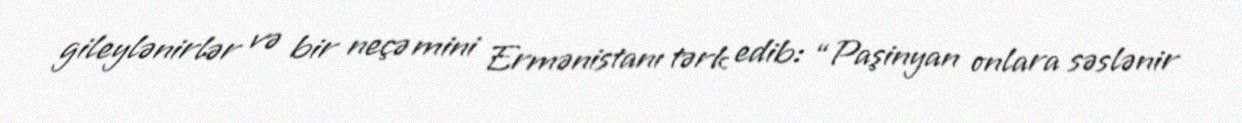
gileylənirlər və bir neçə mini Ermənistanı tərk edib: “Paşinyan onlara səslənir